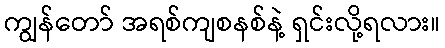
ကျွန်တော် အရစ်ကျစနစ်နဲ့ ရှင်းလို့ရလား။